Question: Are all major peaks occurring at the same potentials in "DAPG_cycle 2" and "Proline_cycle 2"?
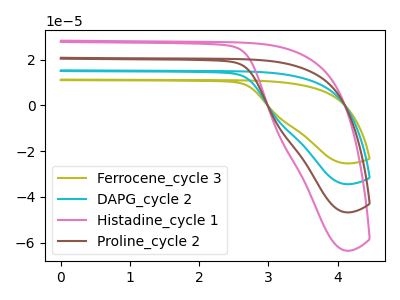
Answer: <think>The olive curve "Ferrocene_cycle 3" has no peaks. The cyan curve "DAPG_cycle 2" has no peaks. The pink curve "Histadine_cycle 1" has no peaks. The brown curve "Proline_cycle 2" has no peaks.</think>
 <answer>Niether CV has any peaks.</answer>
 <eval>blanks</eval>